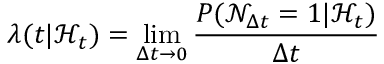
\lambda ( t | \mathcal { H } _ { t } ) = \operatorname* { l i m } _ { \Delta t \rightarrow 0 } \frac { P ( \mathcal { N } _ { \Delta t } = 1 | \mathcal { H } _ { t } ) } { \Delta t }